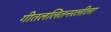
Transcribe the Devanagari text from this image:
गीतललितनरलीला